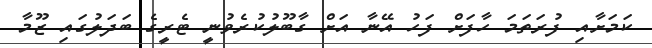
ކަމަށާއި ފުރަތަމަ ހާފަށް ފަހު އޭނާ އަށް ގާބޫލުކުރެވުނީ ޓެރީގެ ބަދަލުގައި ޒޫމާ